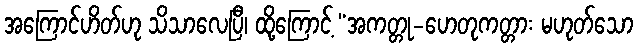
အကြောင်ဟိတ်ဟု သိသာလေပြီ၊ ထို့ကြောင့် “အကတ္တု-ဟေတုကတ္တား မဟုတ်သော